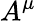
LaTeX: A^{\mu}